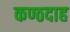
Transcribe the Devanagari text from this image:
कण्ठदाह